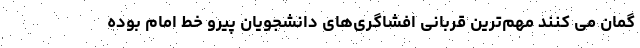
گمان می کنند مهم‌ترین قربانی افشاگری‌های دانشجویان پیرو خط امام بوده